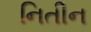
નિતીન